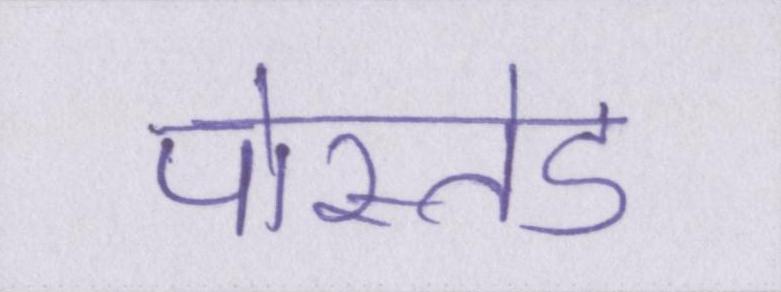
पोस्तेड